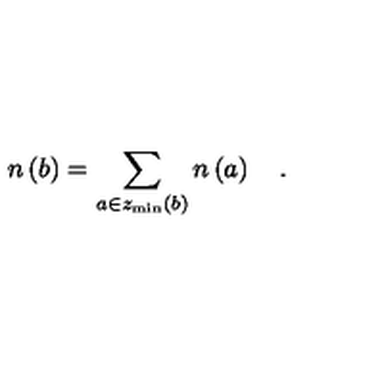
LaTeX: n \left( b \right) = \sum _ { a \in z _ { \min } \left( b \right) } n \left( a \right) \quad .